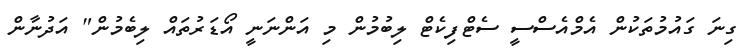
ގިނަ ގައުމުތަކުން އެމްއެސްސީ ސެޓްފިކެޓް ލިބުމުން މި އަންނަނީ އޯޑަރުތައް ލިބެމުން" އަދުނާން